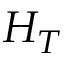
H _ { T }